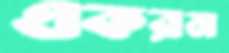
একরম